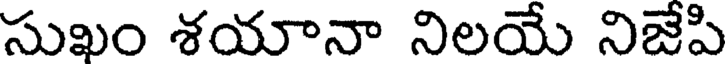
సుఖం శయానా నిలయే నిజేపి